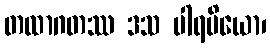
တထာဂတဿ ဒသ ပါရမိယော၊